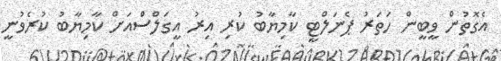
އެގޮތުން ވީބީން ހަތަރު ޕެނަލްޓީ ކާމިޔާބު ކުރި އިރު އީގަލްސްއަށް ކާމިޔާބު ކުރެވުނީ